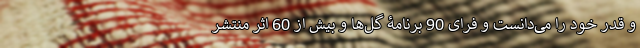
و قدر خود را می‌دانست و فرای 90 برنامۀ گل‌ها و بیش از 60 اثر منتشر